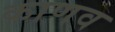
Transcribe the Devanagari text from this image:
काणव